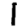
Digit: 1